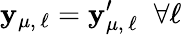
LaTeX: \mathbf{y}_{\mu,\, \ell}=\mathbf{y}_{\mu,\, \ell}^{\prime}\; \; \forall\ell